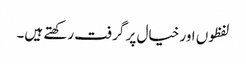
لفظوں اور خیال پر گرفت رکھتے ہیں۔